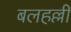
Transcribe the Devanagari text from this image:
बलहल्ली